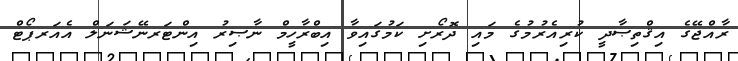
ރާއްޖޭގެ އިޤްތިޞާދީ ކުރިއެރުމުގެ މައި ދޮރޯށި ކަމުގައިވާ އިބްރާހީމް ނާޞިރު އިންޓަރނޭޝަނަލް އެއަރޕޯޓް